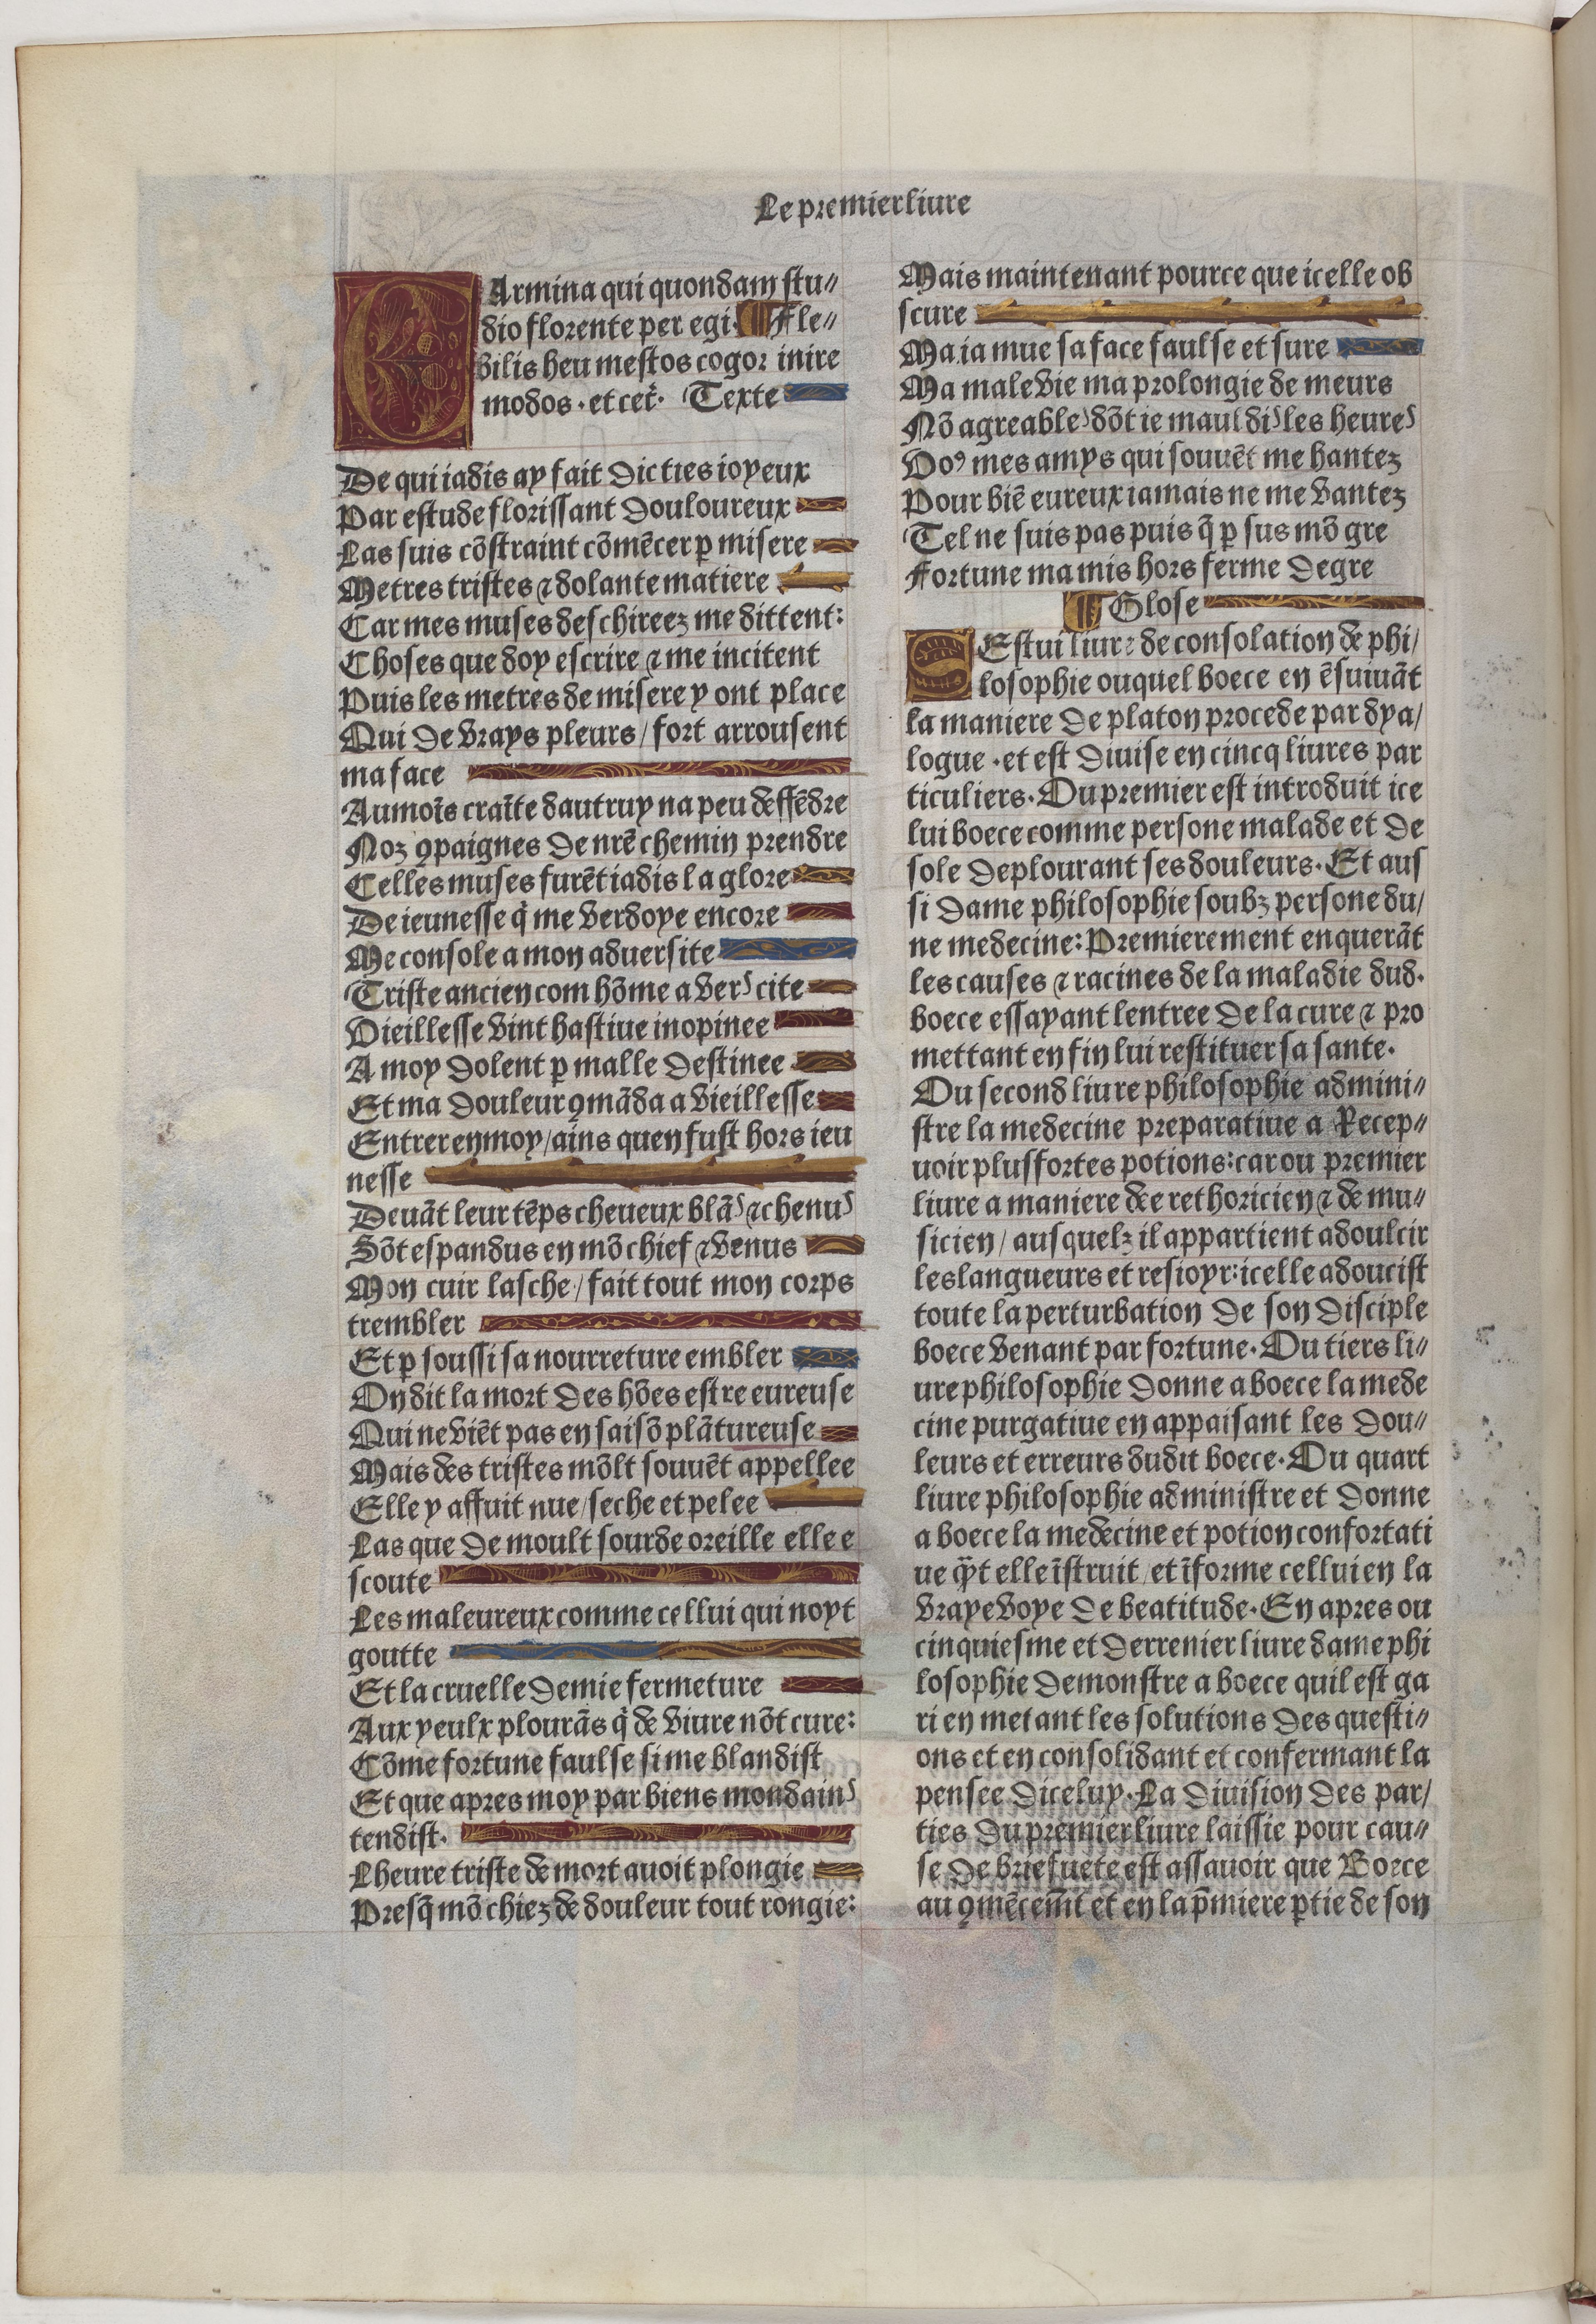
Shelfmark: Paris, BnF, Velins 488
Century: 15